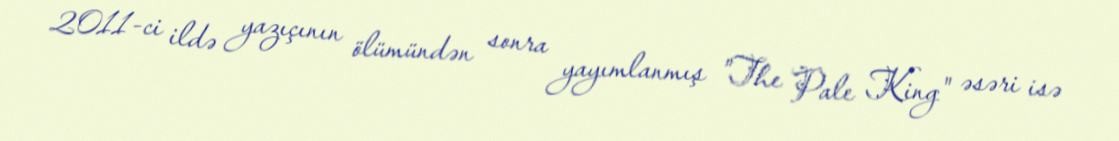
2011-ci ildə yazıçının ölümündən sonra yayımlanmış "The Pale King" əsəri isə